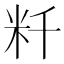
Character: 粁